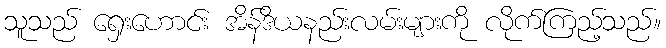
သူသည် ရှေးဟောင်း အိန်ဒိယနည်းလမ်းများကို လိုက်ကြည့်သည်။